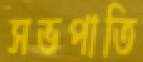
সভপাতি